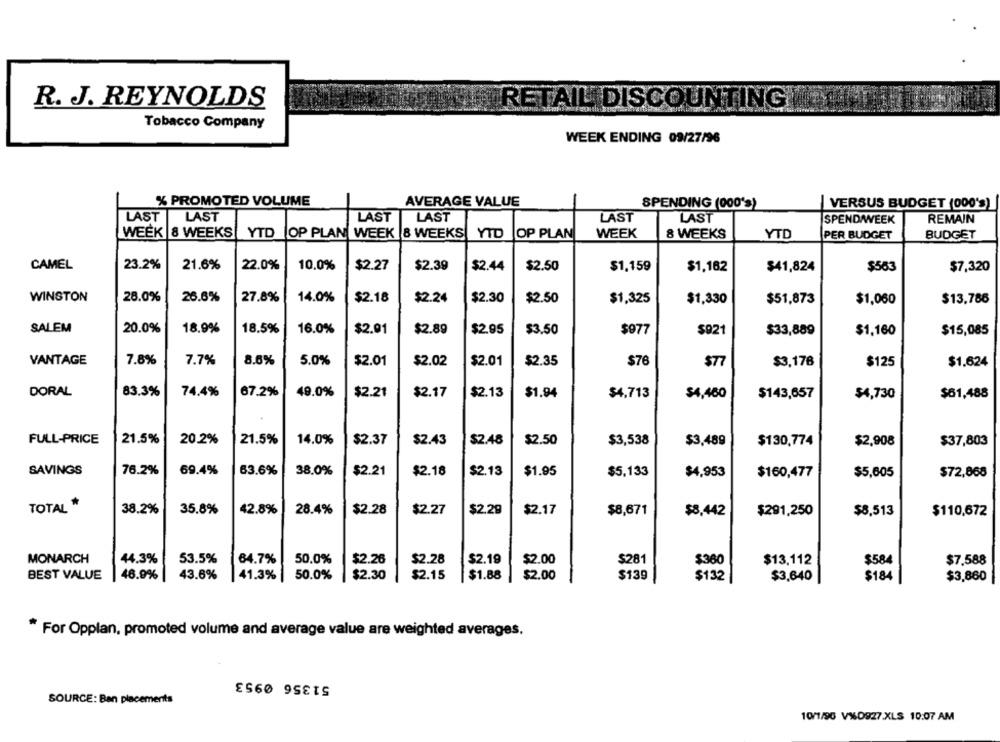
R. J. REYNOLDS
RETAIL DISCOUNTING
Tobacco Company
WEEK ENDING 09/27/96
% PROMOTED VOLUME
AVERAGE VALUE
SPENDING (000's)
VERSUS BUDGET (000'S)
LAST
LAST
LAST
LAST
LAST
LAST
SPEND/WEEK
REMAIN
WEEK 8 WEEKS YTD
OP PLAN WEEK 8 WEEKS
YTD
OP PLAN
WEEK
8 WEEKS
YTD
PER BUDGET
BUDGET
CAMEL
23.2%
21.6%
22.0%
10,0%
$2.27
$2.39
$2.44
$2.50
$1.159
$1,162
$41,824
$7,320
$553
WINSTON
28.0%
26.6%
27.8%
14.0%
$2.18
$2.24
$2.30
$2.50
$1,325
$1,330
$51,873
$1,060
$13,786
SALEM
20.0%
18.9%
18.5%
16.0%
$2.91
$2.89
$2.95
$3.50
$977
$921
$33,889
$1,160
$15,085
VANTAGE
7.8%
7.7%
8.6%
5.0%
$2.01
$2.02
$2.01
$2.35
$76
$77
$3,176
$125
$1.624
DORAL
83.3%
74.4%
67.2%
49.0%
$2.21
$2.17
$2.13
$1.94
$4,713
$4,460
$143,657
$4,730
$61,488
FULL-PRICE
21.5%
20.2%
21.5%
14.0%
$2.37
$2.43
$2.48
$2.50
$3,538
$3,489
$130,774
$2,908
$37,803
SAVINGS
76.2%
69.4%
63.6%
38.0%
$2.21
$2.18
$2.13
$1.95
$5,133
$4,953
$160,477
$5,605
$72,868
TOTAL *
38.2%
35.8%
42.8%
28.4%
$2.28
$2.27
$2.29
$2.17
$8,671
$8,442
$291,250
$8,513
$110,672
MONARCH
44.3%
53.5%
64.7%
50.0%
$2.26
$2.28
$2.19
$2.00
$281
$380
$13,112
$584
$7.588
BEST VALUE
46.9%
43.6%
41.3%|
50.0%
$2.30
$2.15
$1.88
$2.00
$139
$132
$3,640
$184
$3,860
* For Opplan, promoted volume and average value are weighted averages.
£560 9
SOURCE: Ban placements
10/1/96 V%0927.XLS 10:07 AM